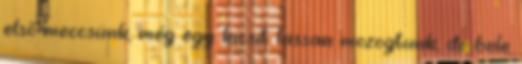
első meccsünk, még egy kicsit lassan mozogtunk, de bele